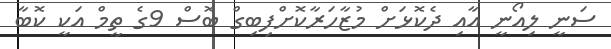
ސަނީ ލިއޯނީ އާއި ދެކޮޅަށް މުޒާހަރާކޮށްފިބިގް ބޮސް 9ގެ ތީމް އަކީ ކޮބާ